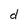
Character: d